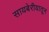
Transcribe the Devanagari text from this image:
सायबेरीयातून